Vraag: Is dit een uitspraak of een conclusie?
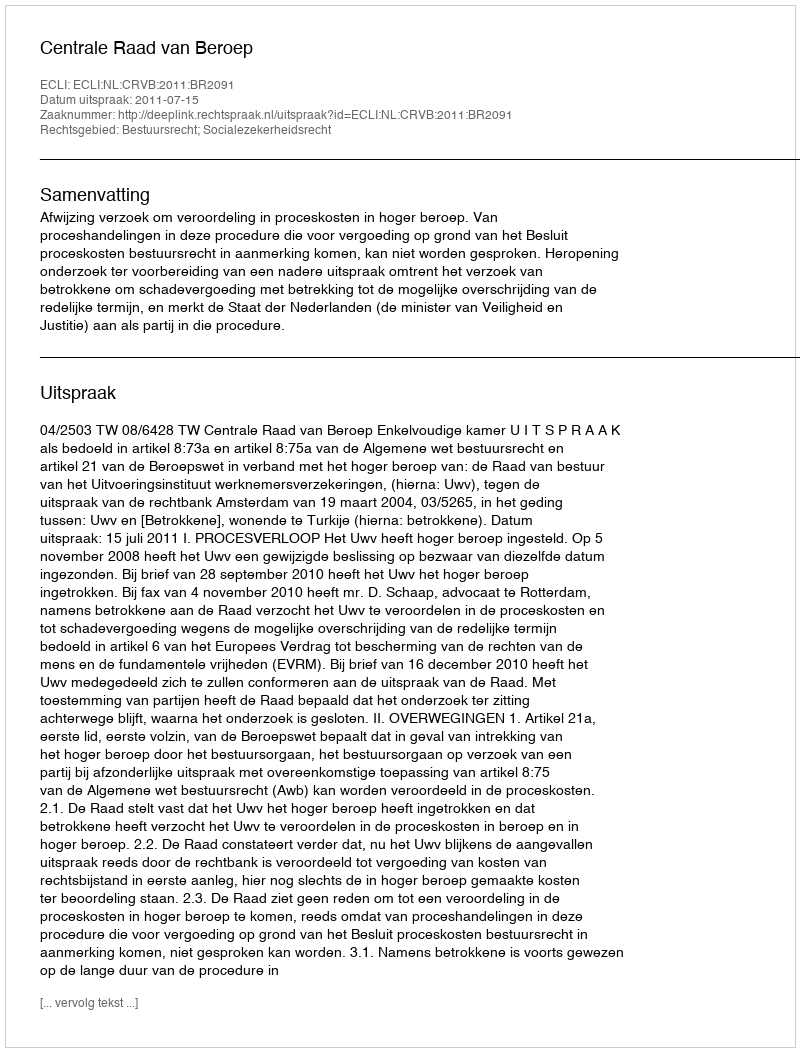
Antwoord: Uitspraak